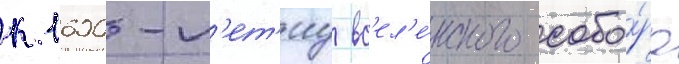
к 1600-л'ет'иу вс'ел'е́нского собо́ра